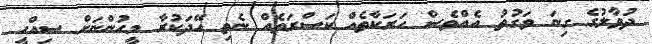
ދުވާލުގެ ގިނަ ވަގުތު އެއްވެސް ހަރަކާތެއް ކަސްރަތެއް ނެތި ހޭދަކުރާ މީހުންނަށް ސިއްހީ